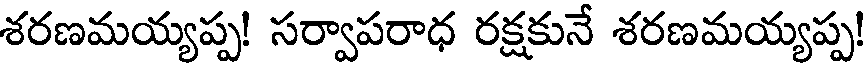
శరణమయ్యప్ప! సర్వాపరాధ రక్షకునే శరణమయ్యప్ప!